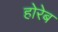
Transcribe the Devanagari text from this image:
होरेब